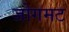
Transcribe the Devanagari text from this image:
जोगमट